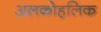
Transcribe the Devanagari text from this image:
अलकोहलिक